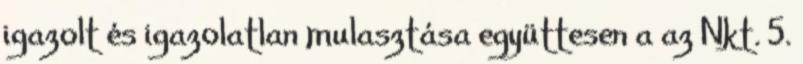
igazolt és igazolatlan mulasztása együttesen a az Nkt. 5.